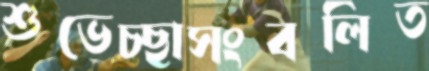
শুভেচ্ছাসংবলিত